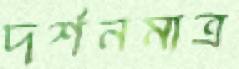
দর্শনমাত্র